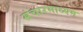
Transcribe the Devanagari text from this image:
संचारमाध्यम